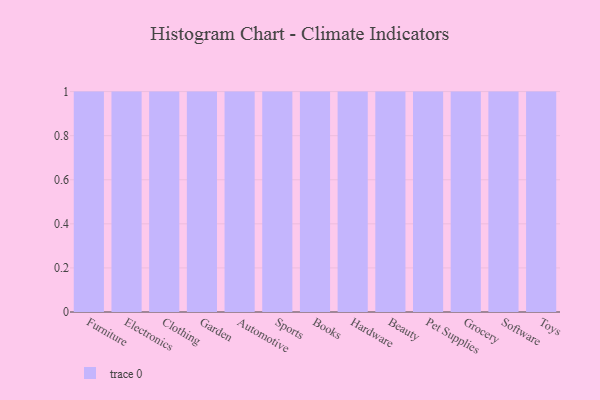
{"axis": {"x": "Category", "y": "Conversion Rate (%)"}, "legend": [""], "data": [{"x": "Furniture", "y": 72, "type": ""}, {"x": "Electronics", "y": 32, "type": ""}, {"x": "Clothing", "y": 54, "type": ""}, {"x": "Garden", "y": 93, "type": ""}, {"x": "Automotive", "y": 21, "type": ""}, {"x": "Sports", "y": 94, "type": ""}, {"x": "Books", "y": 67, "type": ""}, {"x": "Hardware", "y": 40, "type": ""}, {"x": "Beauty", "y": 12, "type": ""}, {"x": "Pet Supplies", "y": 49, "type": ""}, {"x": "Grocery", "y": 40, "type": ""}, {"x": "Software", "y": 23, "type": ""}, {"x": "Toys", "y": 30, "type": ""}]}